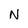
Character: N